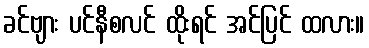
ခင်ဗျား ပင်နီစလင် ထိုးရင် အင်ပြင် ထလား။